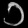
Digit: ၁